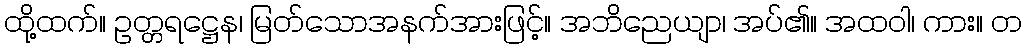
ထို့ထက်။ ဥတ္တရဋ္ဌေန၊ မြတ်သောအနက်အားဖြင့်။ အဘိညေယျာ၊ အပ်၏။ အထဝါ၊ ကား။ တ